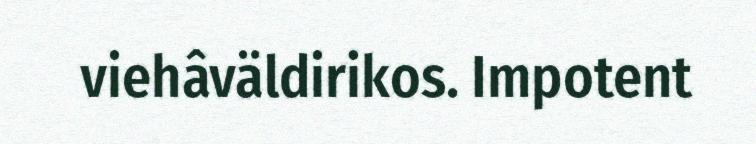
viehâväldirikos. Impotent